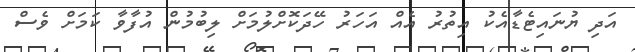
އަދި ޔުނައިޓެޑާއެކު އިތުރު އެއް އަހަރު ހޭދަކޮށްލުމަށް ލިބުމުން އުފާވާ ކަމަށް ވެސް